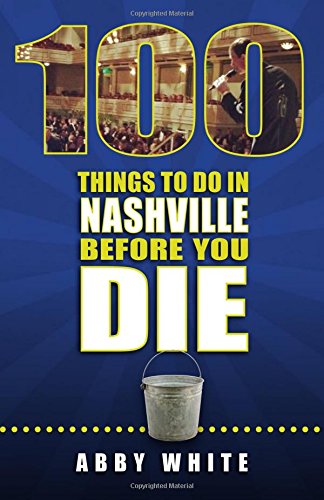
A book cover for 100 Things to Do in Nashville Before You Die; Abby White; Travel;